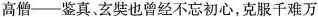
高僧—鉴真。玄奘也曾经不忘初心，克服千难万